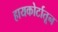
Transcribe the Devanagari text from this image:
हायकोर्टातून